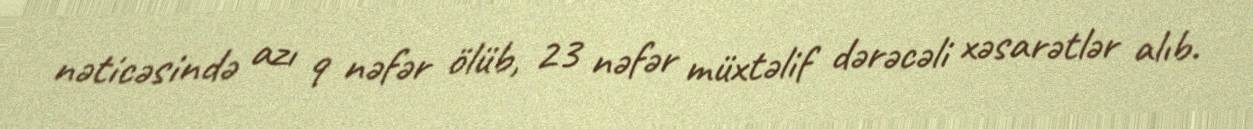
nəticəsində azı 9 nəfər ölüb, 23 nəfər müxtəlif dərəcəli xəsarətlər alıb.